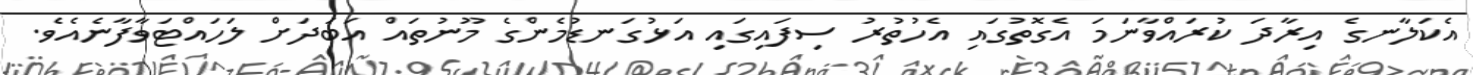
އެކަލާނގެ އިރާދަ ކުރައްވާނަމަ އެގޮތުގައި އެހުތުރު ސިފައިގައި އަޅުގަނޑުމެންގެ މޫނުތައް އަބަދަށް ލަހައްޓަވާފާނެއެވެ.